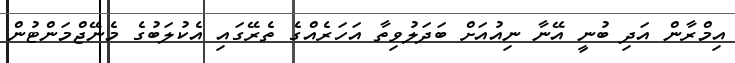
އިމްރާން އަދި ބުނީ އޭނާ ނިއުއަށް ބަދަލުވިތާ އަހަރެއްގެ ތެރޭގައި އެކުލަބުގެ މެނޭޖްމަންޓުން